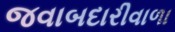
જવાબદારીવાળા